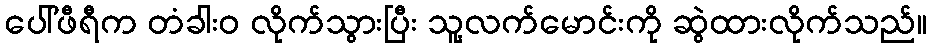
ပေါ်ဖီရီက တံခါးဝ လိုက်သွားပြီး သူ့လက်မောင်းကို ဆွဲထားလိုက်သည်။